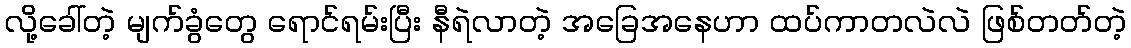
လို့ခေါ်တဲ့ မျက်ခွံတွေ ရောင်ရမ်းပြီး နီရဲလာတဲ့ အခြေအနေဟာ ထပ်ကာတလဲလဲ ဖြစ်တတ်တဲ့